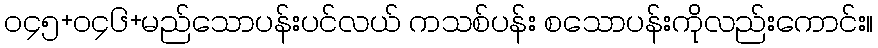
၀၄၅+၀၄၆+မည်သောပန်းပင်လယ် ကသစ်ပန်း စသောပန်းကိုလည်းကောင်း။